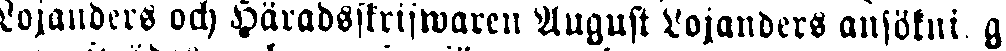
Lojanders och Häradsstrifwaren August Lojanders ansökning